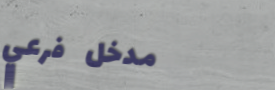
مدخل فرعي